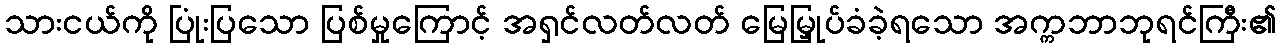
သားငယ်ကို ပြုံးပြသော ပြစ်မှုကြောင့် အရှင်လတ်လတ် မြေမြှုပ်ခံခဲ့ရသော အက္ကဘာဘုရင်ကြီး၏